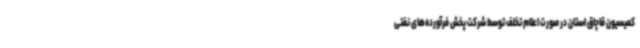
کمیسیون قاچاق استان در صورت اعلام تخلف توسط شرکت پخش فرآورده‌های نفتی